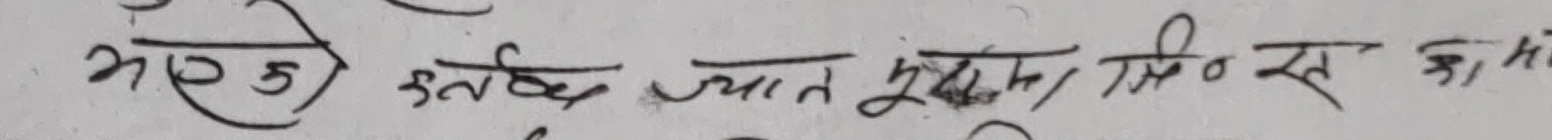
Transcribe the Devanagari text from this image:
भएऊ उतनछ ज्यान मुल्म सिंह २३ का भो